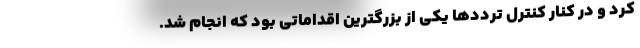
کرد و در کنار کنترل ترددها یکی از بزرگترین اقداماتی بود که انجام شد.